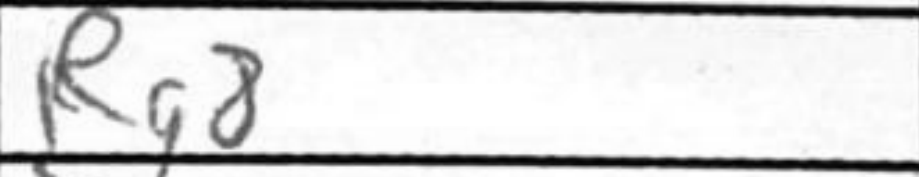
Transcription: Rg8